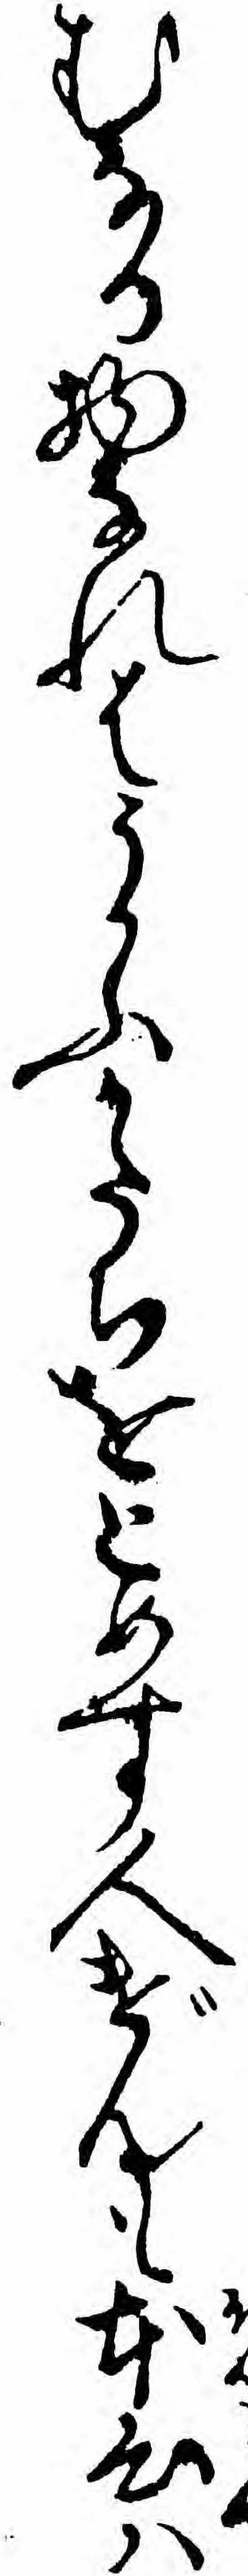
むなる物なれはうかふかたちをとめす人げんも本心ハ